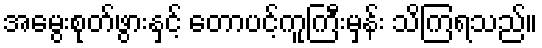
အမွေးစုတ်ဖွားနှင့် တောပင့်ကူကြီးမှန်း သိကြရသည်။